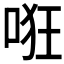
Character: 𱒳